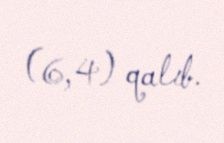
(6,4) qalıb.